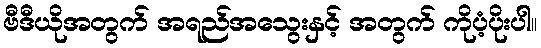
ဗီဒီယိုအတွက် အရည်အသွေးနှင့် အတွက် ကိုပံ့ပိုးပါ။